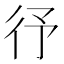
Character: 𭛞